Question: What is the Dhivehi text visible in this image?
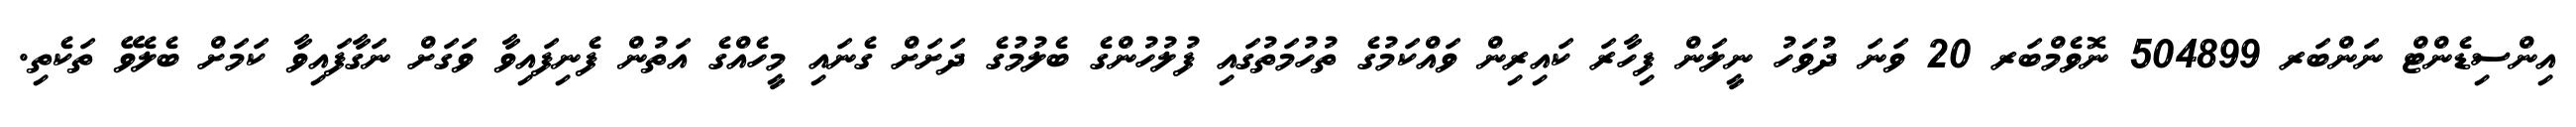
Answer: އިންސިޑެންޓް ނަންބަރ 504899 ނޮވެމްބަރ 20 ވަނަ ދުވަހު ނީލަން ފިހާރަ ކައިރިން ވައްކަމުގެ ތުހުމަތުގައި ފުލުހުންގެ ބެލުމުގެ ދަށަށް ގެނައި މީހެއްގެ އަތުން ފެނިފައިވާ ވަގަށް ނަގާފައިވާ ކަމަށް ބެލެވޭ ތަކެތި.